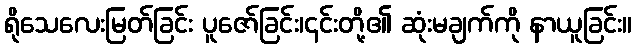
ရိုသေလေးမြတ်ခြင်း ပူဇော်ခြင်း၊၎င်းတို့၏ ဆုံးမချက်ကို နာယူခြင်း။